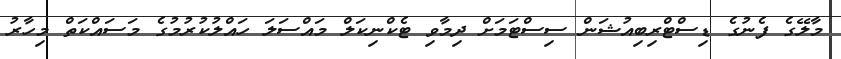
މާލޭގެ ފެނުގެ ޑިސްޓްރިބިއުޝަން ސިސްޓަމަށް ދިމާވި ޓެކްނިކަލް މައްސަލަ ހައްލުކުރުމުގެ މަސައްކަތް މިހާރު